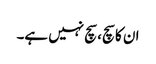
ان کا سچ، سچ نہیں ہے۔